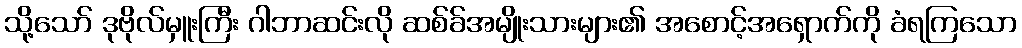
သို့သော် ဒုဗိုလ်မှူးကြီး ဂါဘာဆင်းလို ဆစ်ခ်အမျိုးသားများ၏ အစောင့်အရှောက်ကို ခံရကြသော